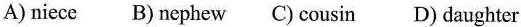
A) niece B)nephew C) cousin D) daughter